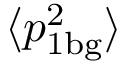
\langle p _ { 1 \mathrm { b g } } ^ { 2 } \rangle